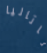
ناتاليا